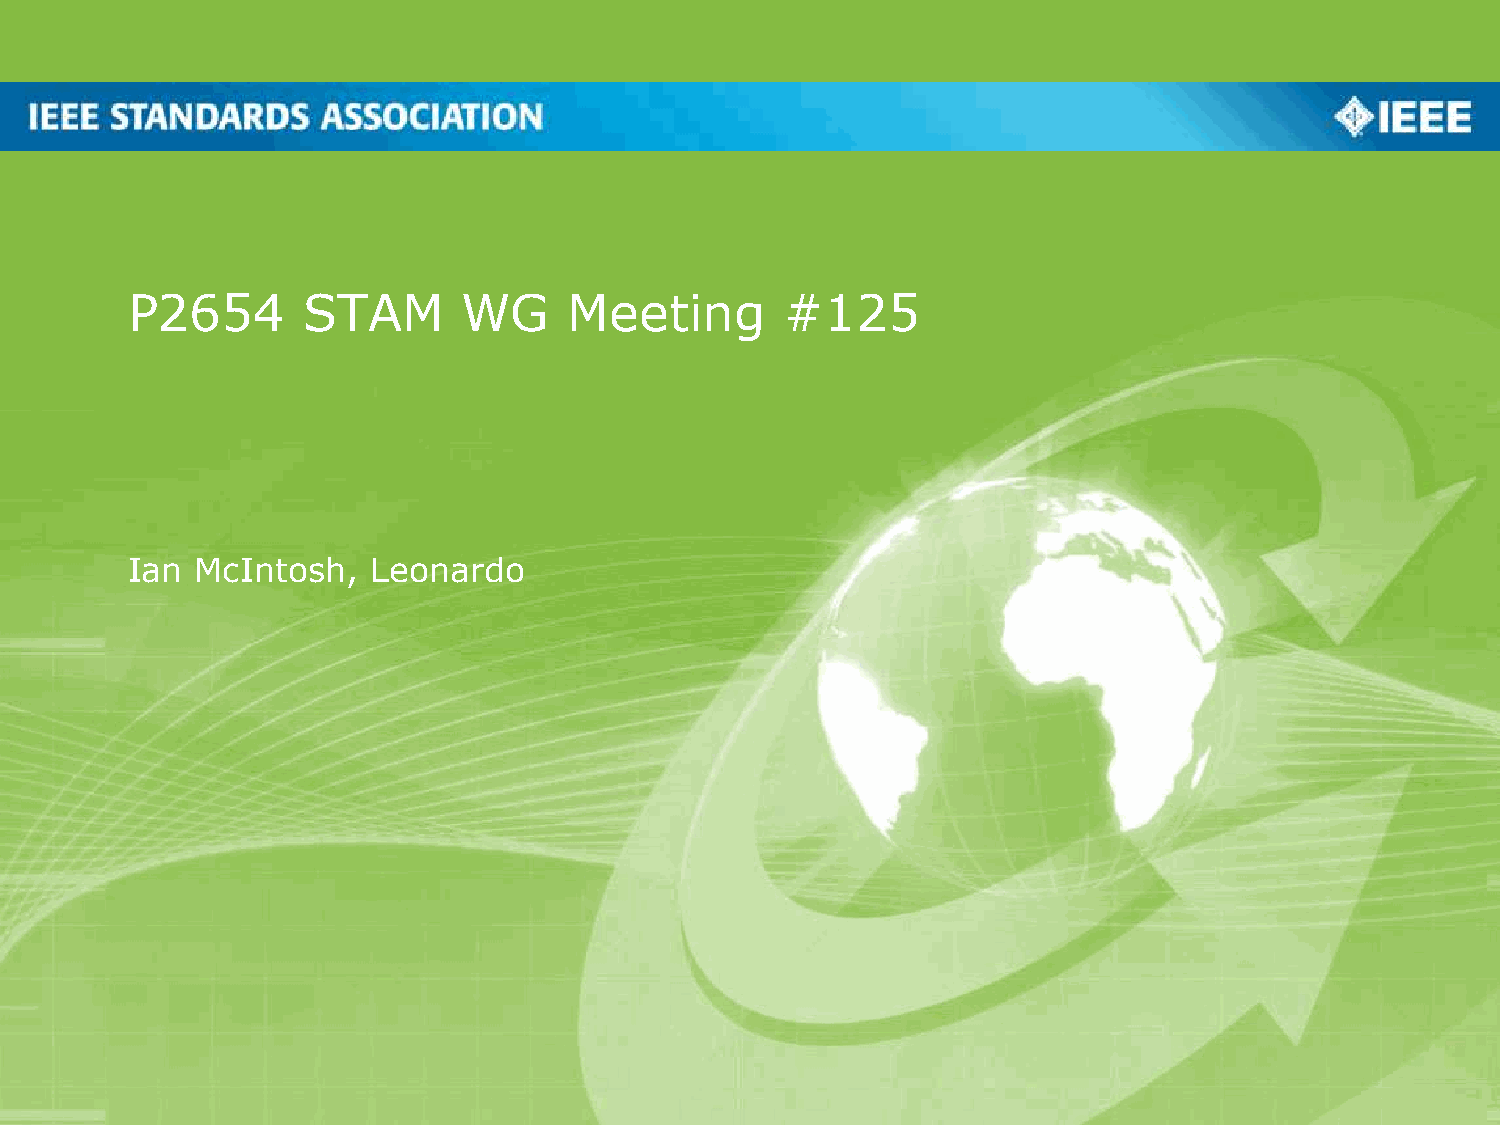
P2654       STAM       WG     Meeting       #125
 Ian  McIntosh,   Leonardo